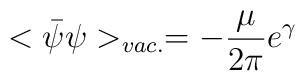
<\bar{\psi}\psi>_{vac.} = - \frac{\mu}{2\pi}e^{\gamma}